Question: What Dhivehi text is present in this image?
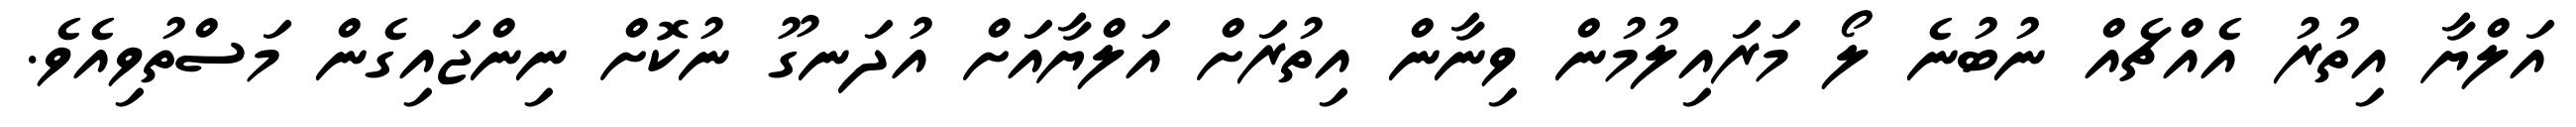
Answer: އަލްޔާ އިތުރު އެއްޗެއް ނުބުނެ ލޯ މަރައިލުމުން ވިނާން އިތުރަށް އަލްޔާއަށް އުދަނގޫ ނުކޮށް ނިންޖައިގެން މަސްތުވިއެވެ.